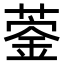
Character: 𦹦